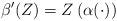
LaTeX: \begin{align*}\beta'(Z)=Z\left( \alpha(\cdot)\right) \end{align*}